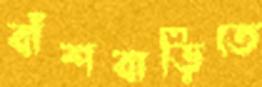
বাঁশবাড়িতে